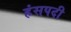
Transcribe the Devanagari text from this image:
हंसपदी